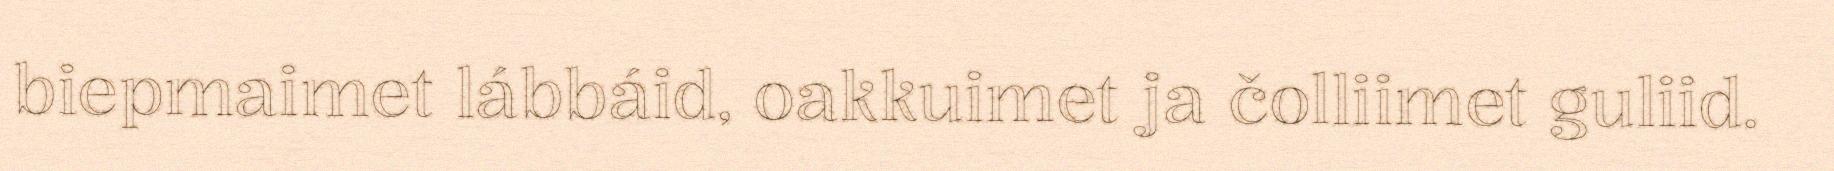
biepmaimet lábbáid, oakkuimet ja čolliimet guliid.